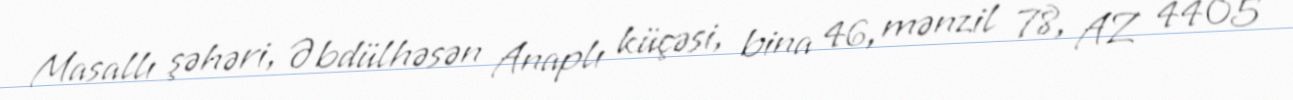
Masallı şəhəri, Əbdülhəsən Anaplı küçəsi, bina 46, mənzil 78, AZ 4405